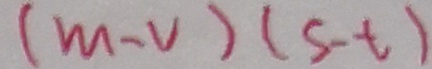
( m - V ) ( 5 - t )